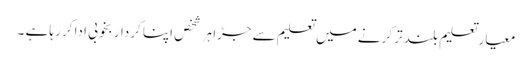
معیار تعلیم بلند تر کرنے میں تعلیم سے جڑا ہر شخص اپنا کردار بخوبی ادا کر رہا ہے ۔